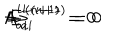
A _ { a i } ^ { L ( n + 1 ) } = 0 \hspace { 1 c m } \Rightarrow \hspace { 1 c m } E _ { a i } ^ { L ( n + 1 ) } = 0